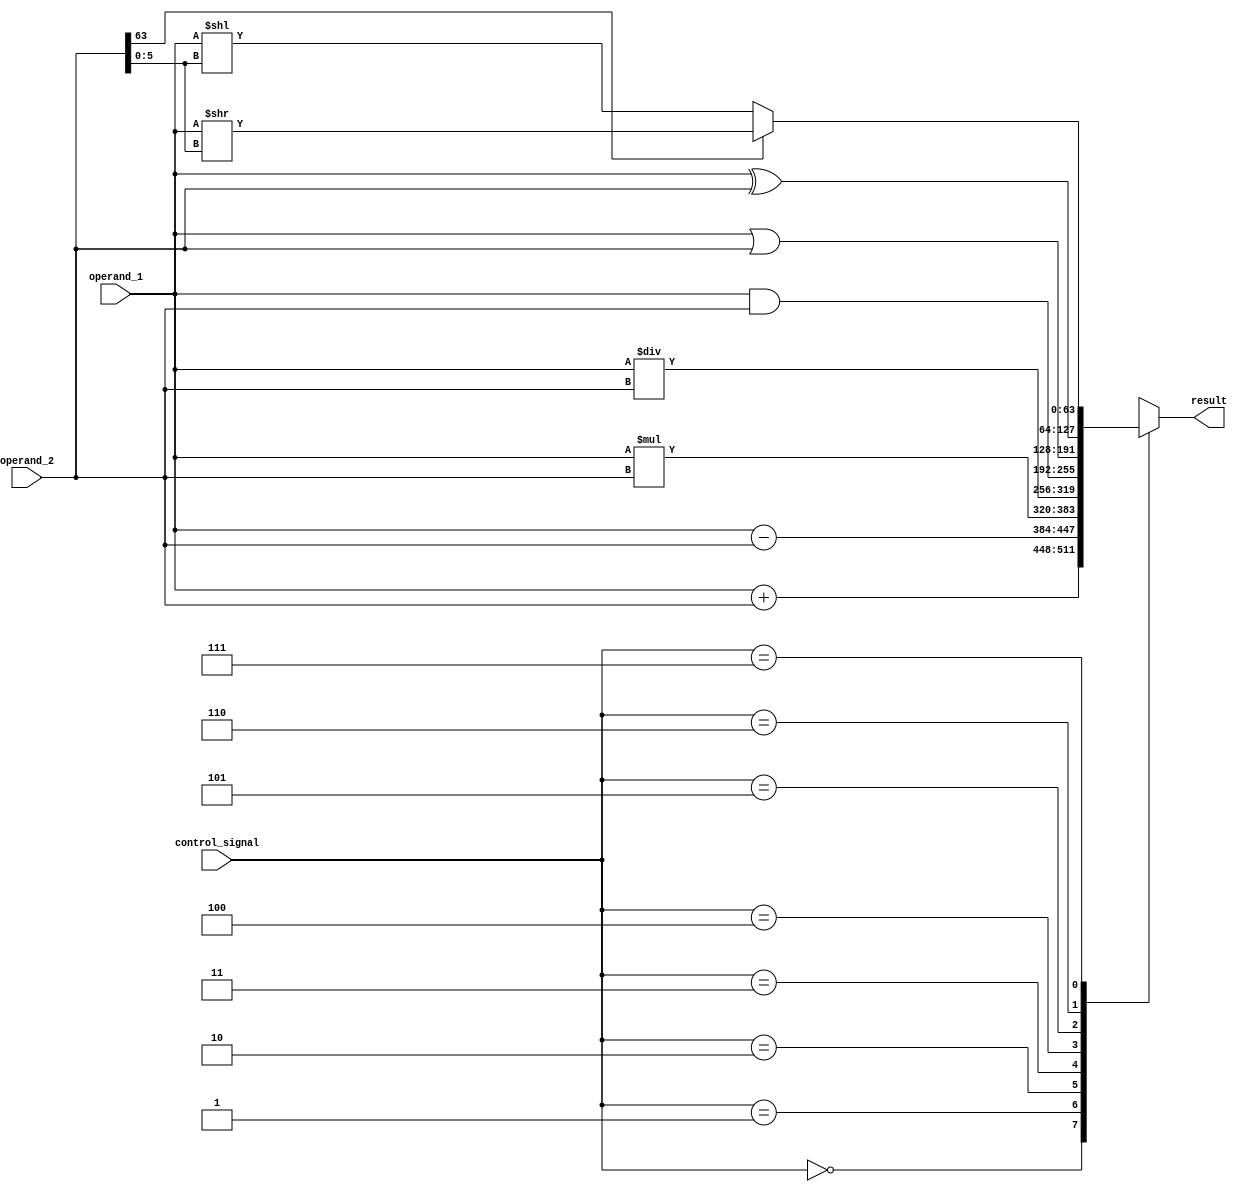
module ALU_64bit (
    input [63:0] operand_1,
    input [63:0] operand_2,
    input [2:0] control_signal,
    output reg [63:0] result
);

always @(*) begin
    case (control_signal)
        3'b000: result = operand_1 + operand_2; // Addition
        3'b001: result = operand_1 - operand_2; // Subtraction
        3'b010: result = operand_1 * operand_2; // Multiplication
        3'b011: result = operand_1 / operand_2; // Division
        3'b100: result = operand_1 & operand_2; // Bitwise AND
        3'b101: result = operand_1 | operand_2; // Bitwise OR
        3'b110: result = operand_1 ^ operand_2; // Bitwise XOR
        3'b111: begin
            if (operand_2[63] == 1) // Right shift
                result = operand_1 >> operand_2[5:0];
            else // Left shift
                result = operand_1 << operand_2[5:0];
        end
    endcase
end

endmodule